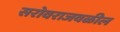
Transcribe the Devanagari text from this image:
सरोवराजवळील